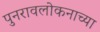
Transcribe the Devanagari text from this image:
पुनरावलोकनाच्या